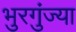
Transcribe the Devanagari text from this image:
भुरगुंज्या